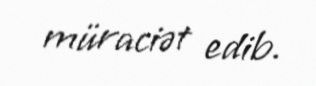
müraciət edib.